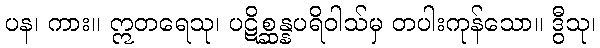
ပန၊ ကား။ ဣတရေသု၊ ပဋိစ္ဆန္နပရိဝါသ်မှ တပါးကုန်သော။ ဒွီသု၊